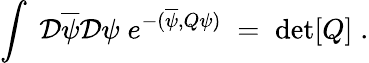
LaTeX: \int\; {\cal D}\overline{{{\psi}}}{\cal D}\psi\; e^{-(\overline{{{\psi}}},Q\psi)}\; =\; \mathrm{det}[Q]\; .